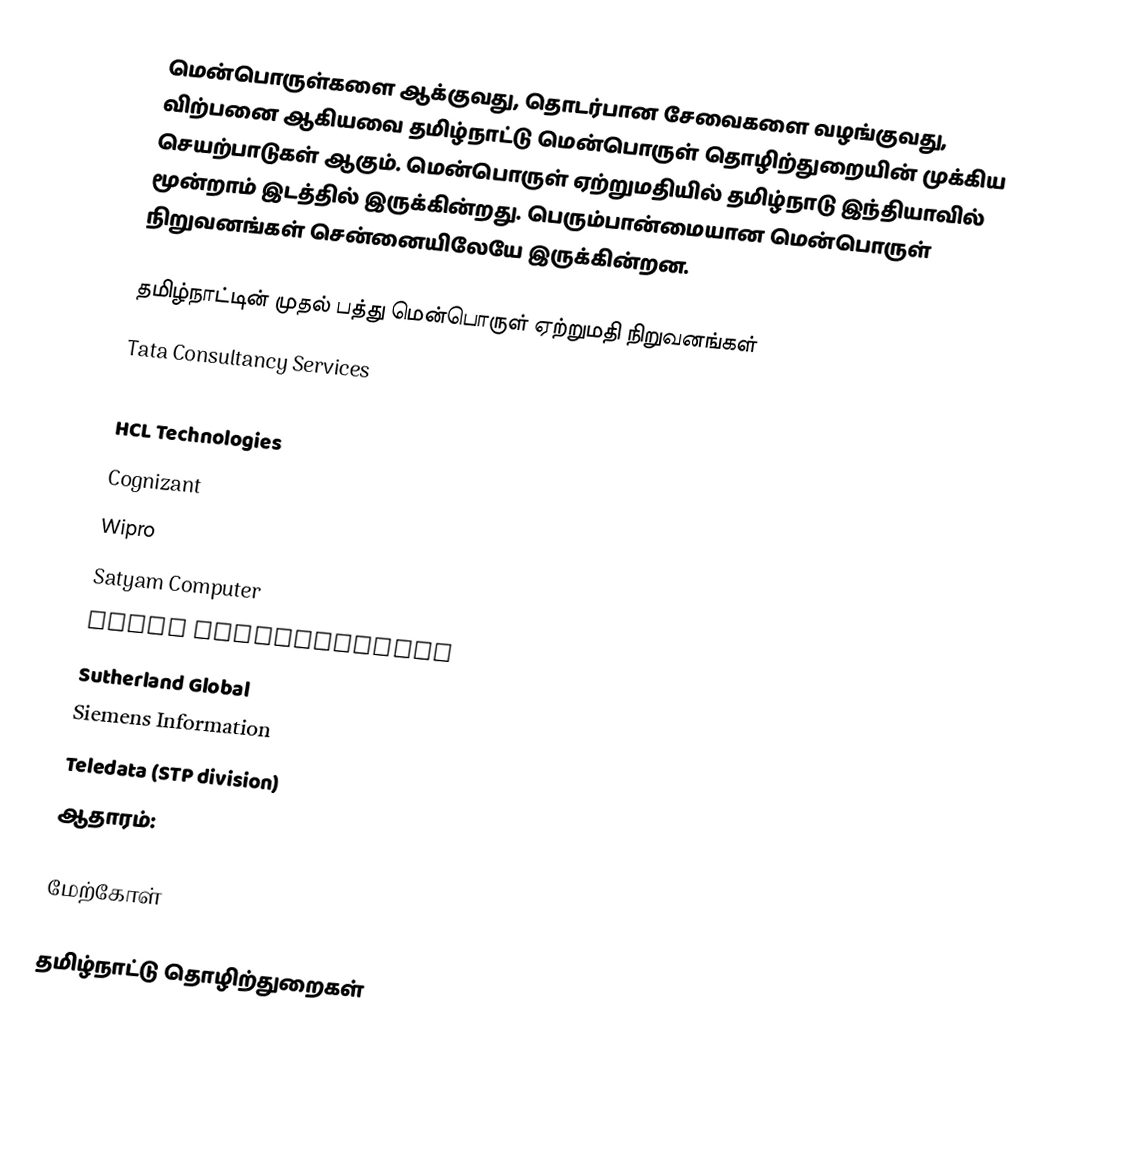
மென்பொருள்களை ஆக்குவது, தொடர்பான சேவைகளை வழங்குவது, விற்பனை ஆகியவை தமிழ்நாட்டு மென்பொருள் தொழிற்துறையின் முக்கிய செயற்பாடுகள் ஆகும்.  மென்பொருள் ஏற்றுமதியில் தமிழ்நாடு இந்தியாவில் மூன்றாம் இடத்தில் இருக்கின்றது.  பெரும்பான்மையான மென்பொருள் நிறுவனங்கள் சென்னையிலேயே இருக்கின்றன.

தமிழ்நாட்டின் முதல் பத்து மென்பொருள் ஏற்றுமதி நிறுவனங்கள்
 Tata Consultancy Services
 Infosys
 HCL Technologies
 Cognizant
 Wipro
 Satyam Computer
 Scope International
 Sutherland Global
 Siemens Information
 Teledata (STP division)
ஆதாரம்:

மேற்கோள்

தமிழ்நாட்டு தொழிற்துறைகள்